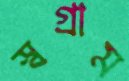
স্বগ্রাম